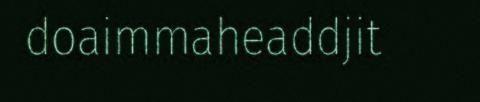
doaimmaheaddjit